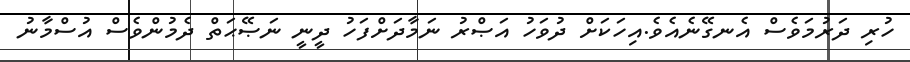
ހުރި ދަރުމަވެސް އެނގޭނެއެވެ.އިހަކަށް ދުވަހު އަޞްރު ނަމާދަށްފަހު ދީނީ ނަޞޭޙަތް ދެމުންވެސް އުސްމާނު